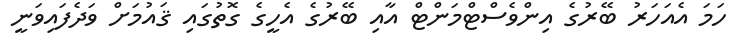
ހަމަ އެއަހަރު ބޭރުގެ އިންވެސްޓްމަންޓް އާއި ބޭރުގެ އެހީގެ ގޮތުގައި ޤައުމަށް ވަދެފައިވަނީ